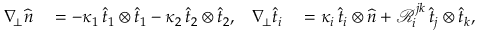
\begin{array} { r l r l } { \nabla _ { \! \bot } \widehat { n } } & { { } = - \kappa _ { 1 } \, \widehat { t } _ { 1 } \otimes \widehat { t } _ { 1 } - \kappa _ { 2 } \, \widehat { t } _ { 2 } \otimes \widehat { t } _ { 2 } , } & { \nabla _ { \! \bot } \widehat { t } _ { i } } & { { } = \kappa _ { i } \, \widehat { t } _ { i } \otimes \widehat { n } + \mathcal { R } _ { i } ^ { j k } \, \widehat { t } _ { j } \otimes \widehat { t } _ { k } , } \end{array}